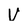
Character: V